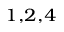
^ { 1 , 2 , 4 }